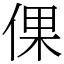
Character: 倮